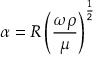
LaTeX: \alpha = R \left( { \frac { \omega \rho } { \mu } } \right) ^ { \frac { 1 } { 2 } }